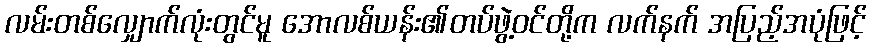
လမ်းတစ်လျှောက်လုံးတွင်မူ အောလစ်ယန်း၏တပ်ဖွဲ့ဝင်တို့က လက်နက် အပြည့်အပုံဖြင့်